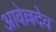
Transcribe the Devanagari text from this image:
आवेल्लदेव